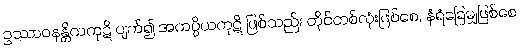
ဥဿာဝနန္တိကကုဋိ ပျက်၍ အကပ္ပိယကုဋိ ဖြစ်သည်။ တိုင်တစ်လုံးဖြစ်စေ, နံရံခြေမျှဖြစ်စေ